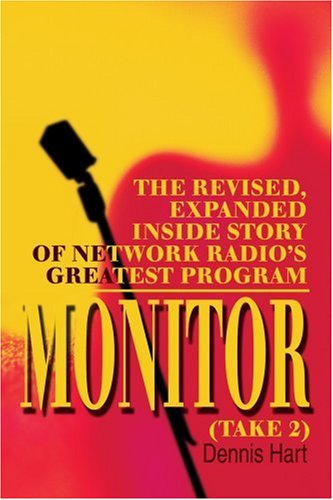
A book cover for Monitor (Take 2): The revised, expanded inside story of network radio's greatest program; Dennis Hart; Humor & Entertainment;